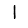
Digit: 1